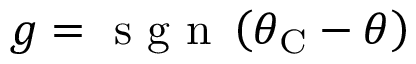
g = \mathrm { ~ s ~ g ~ n ~ } \left( \theta _ { \mathrm { C } } - \theta \right)